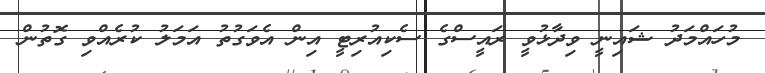
މުހައްމަދު ޝައިނީ ވިދާޅުވީ ރައީސްގެ ސެކިއުރިޓީ އިން އެވަގުތު އަމަލު ކުރެއްވި ގޮތުން